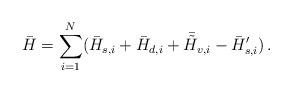
LaTeX: \begin{align*}\bar{H}=\sum_{i=1}^N (\bar{H}_{s,i}+\bar{H}_{d,i}+\bar{\tilde{H}}_{v,i}-\bar{H}'_{s,i})\, .\end{align*}